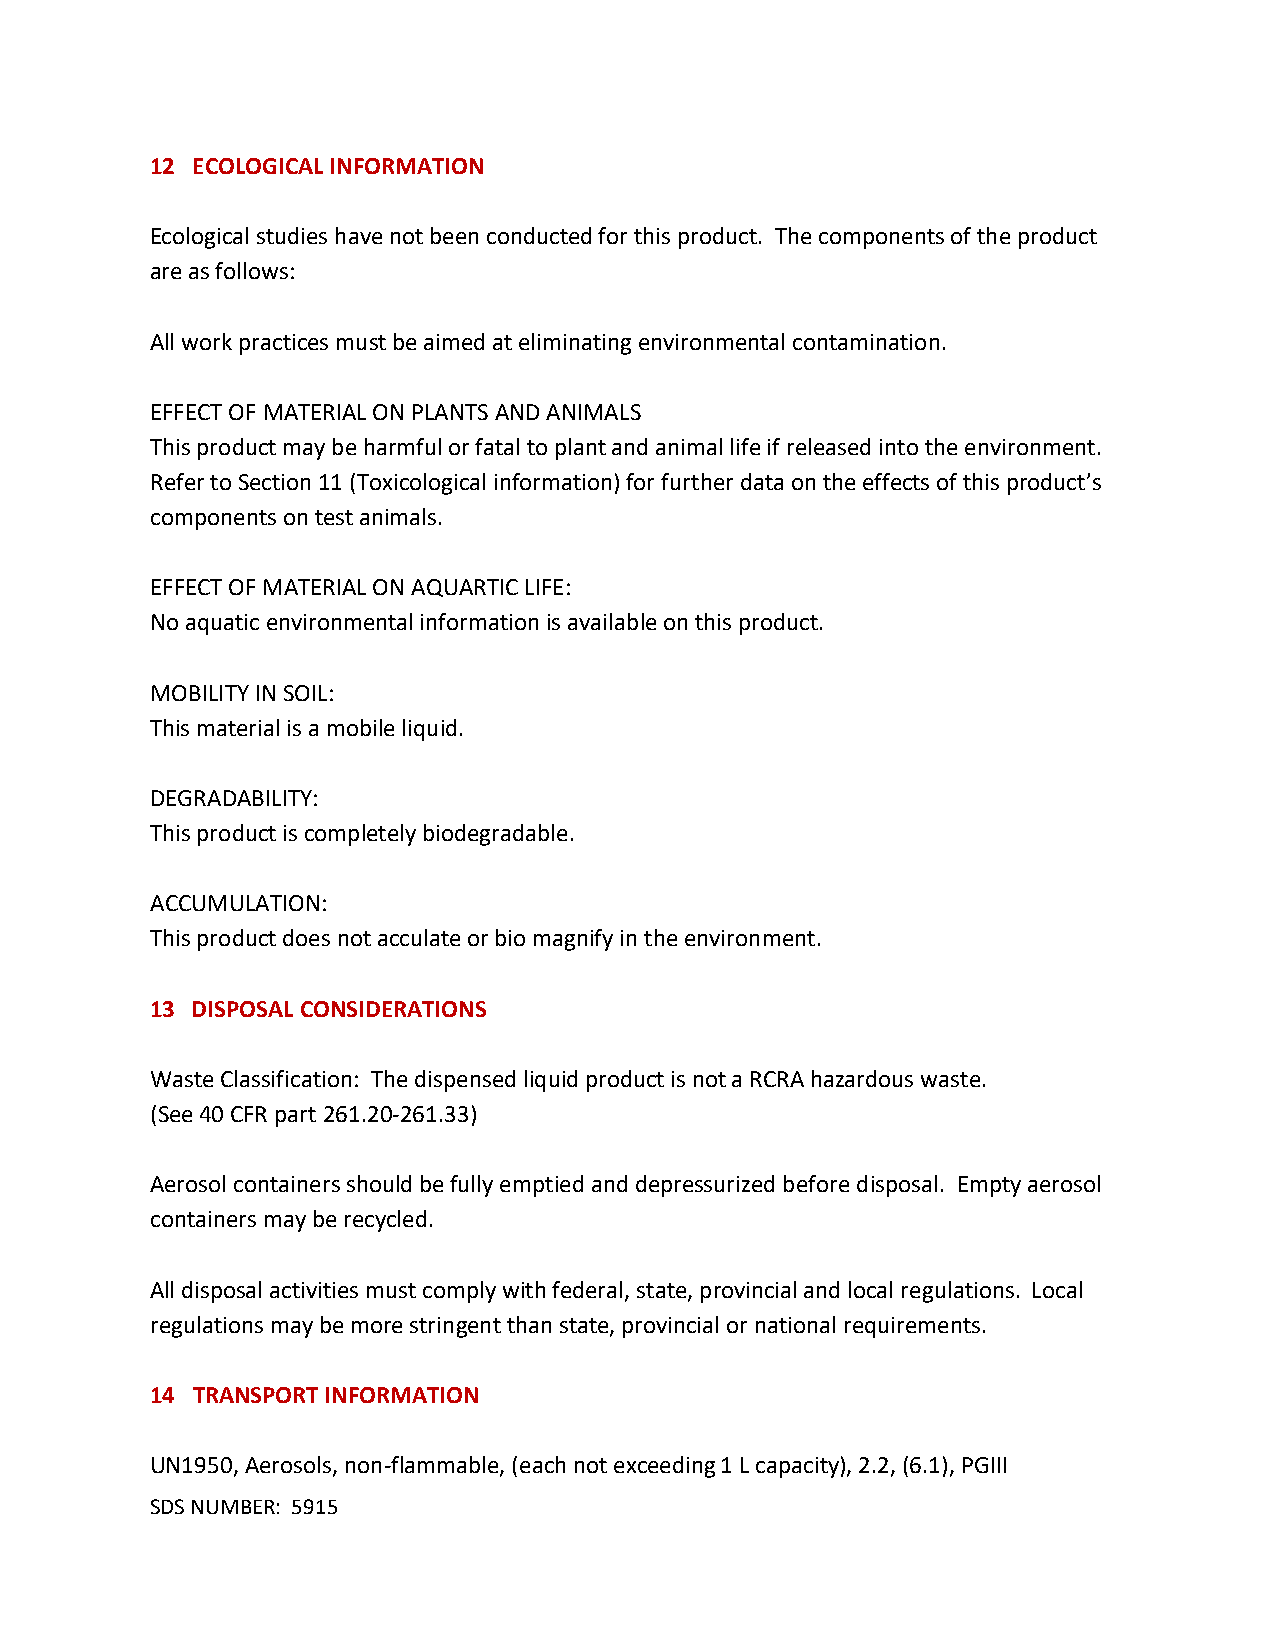
12 ECOLOGICAL INFORMATION
 Ecological studies have not been conducted for this product. The components of the product
 are as follows:
 All work practices must be aimed at eliminating environmental contamination.
 EFFECT OF MATERIAL ON PLANTS AND ANIMALS
 This product may be harmful or fatal to plant and animal life if released into the environment.
 Refer to Section 11 (Toxicological information) for further data on the effects of this product’s
 components on test animals.
 EFFECT OF MATERIAL ON AQUARTIC LIFE:
 No aquatic environmental information is available on this product.
 MOBILITY IN SOIL:
 This material is a mobile liquid.
 DEGRADABILITY:
 This product is completely biodegradable.
 ACCUMULATION:
 This product does not acculate or bio magnify in the environment.
 13 DISPOSAL CONSIDERATIONS
 Waste Classification: The dispensed liquid product is not a RCRA hazardous waste.
 (See 40 CFR part 261.20-261.33)
 Aerosol containers should be fully emptied and depressurized before disposal. Empty aerosol
 containers may be recycled.
 All disposal activities must comply with federal, state, provincial and local regulations. Local
 regulations may be more stringent than state, provincial or national requirements.
 14 TRANSPORT INFORMATION
 UN1950, Aerosols, non-flammable, (each not exceeding 1 L capacity), 2.2, (6.1), PGIII
 SDS NUMBER: 5915